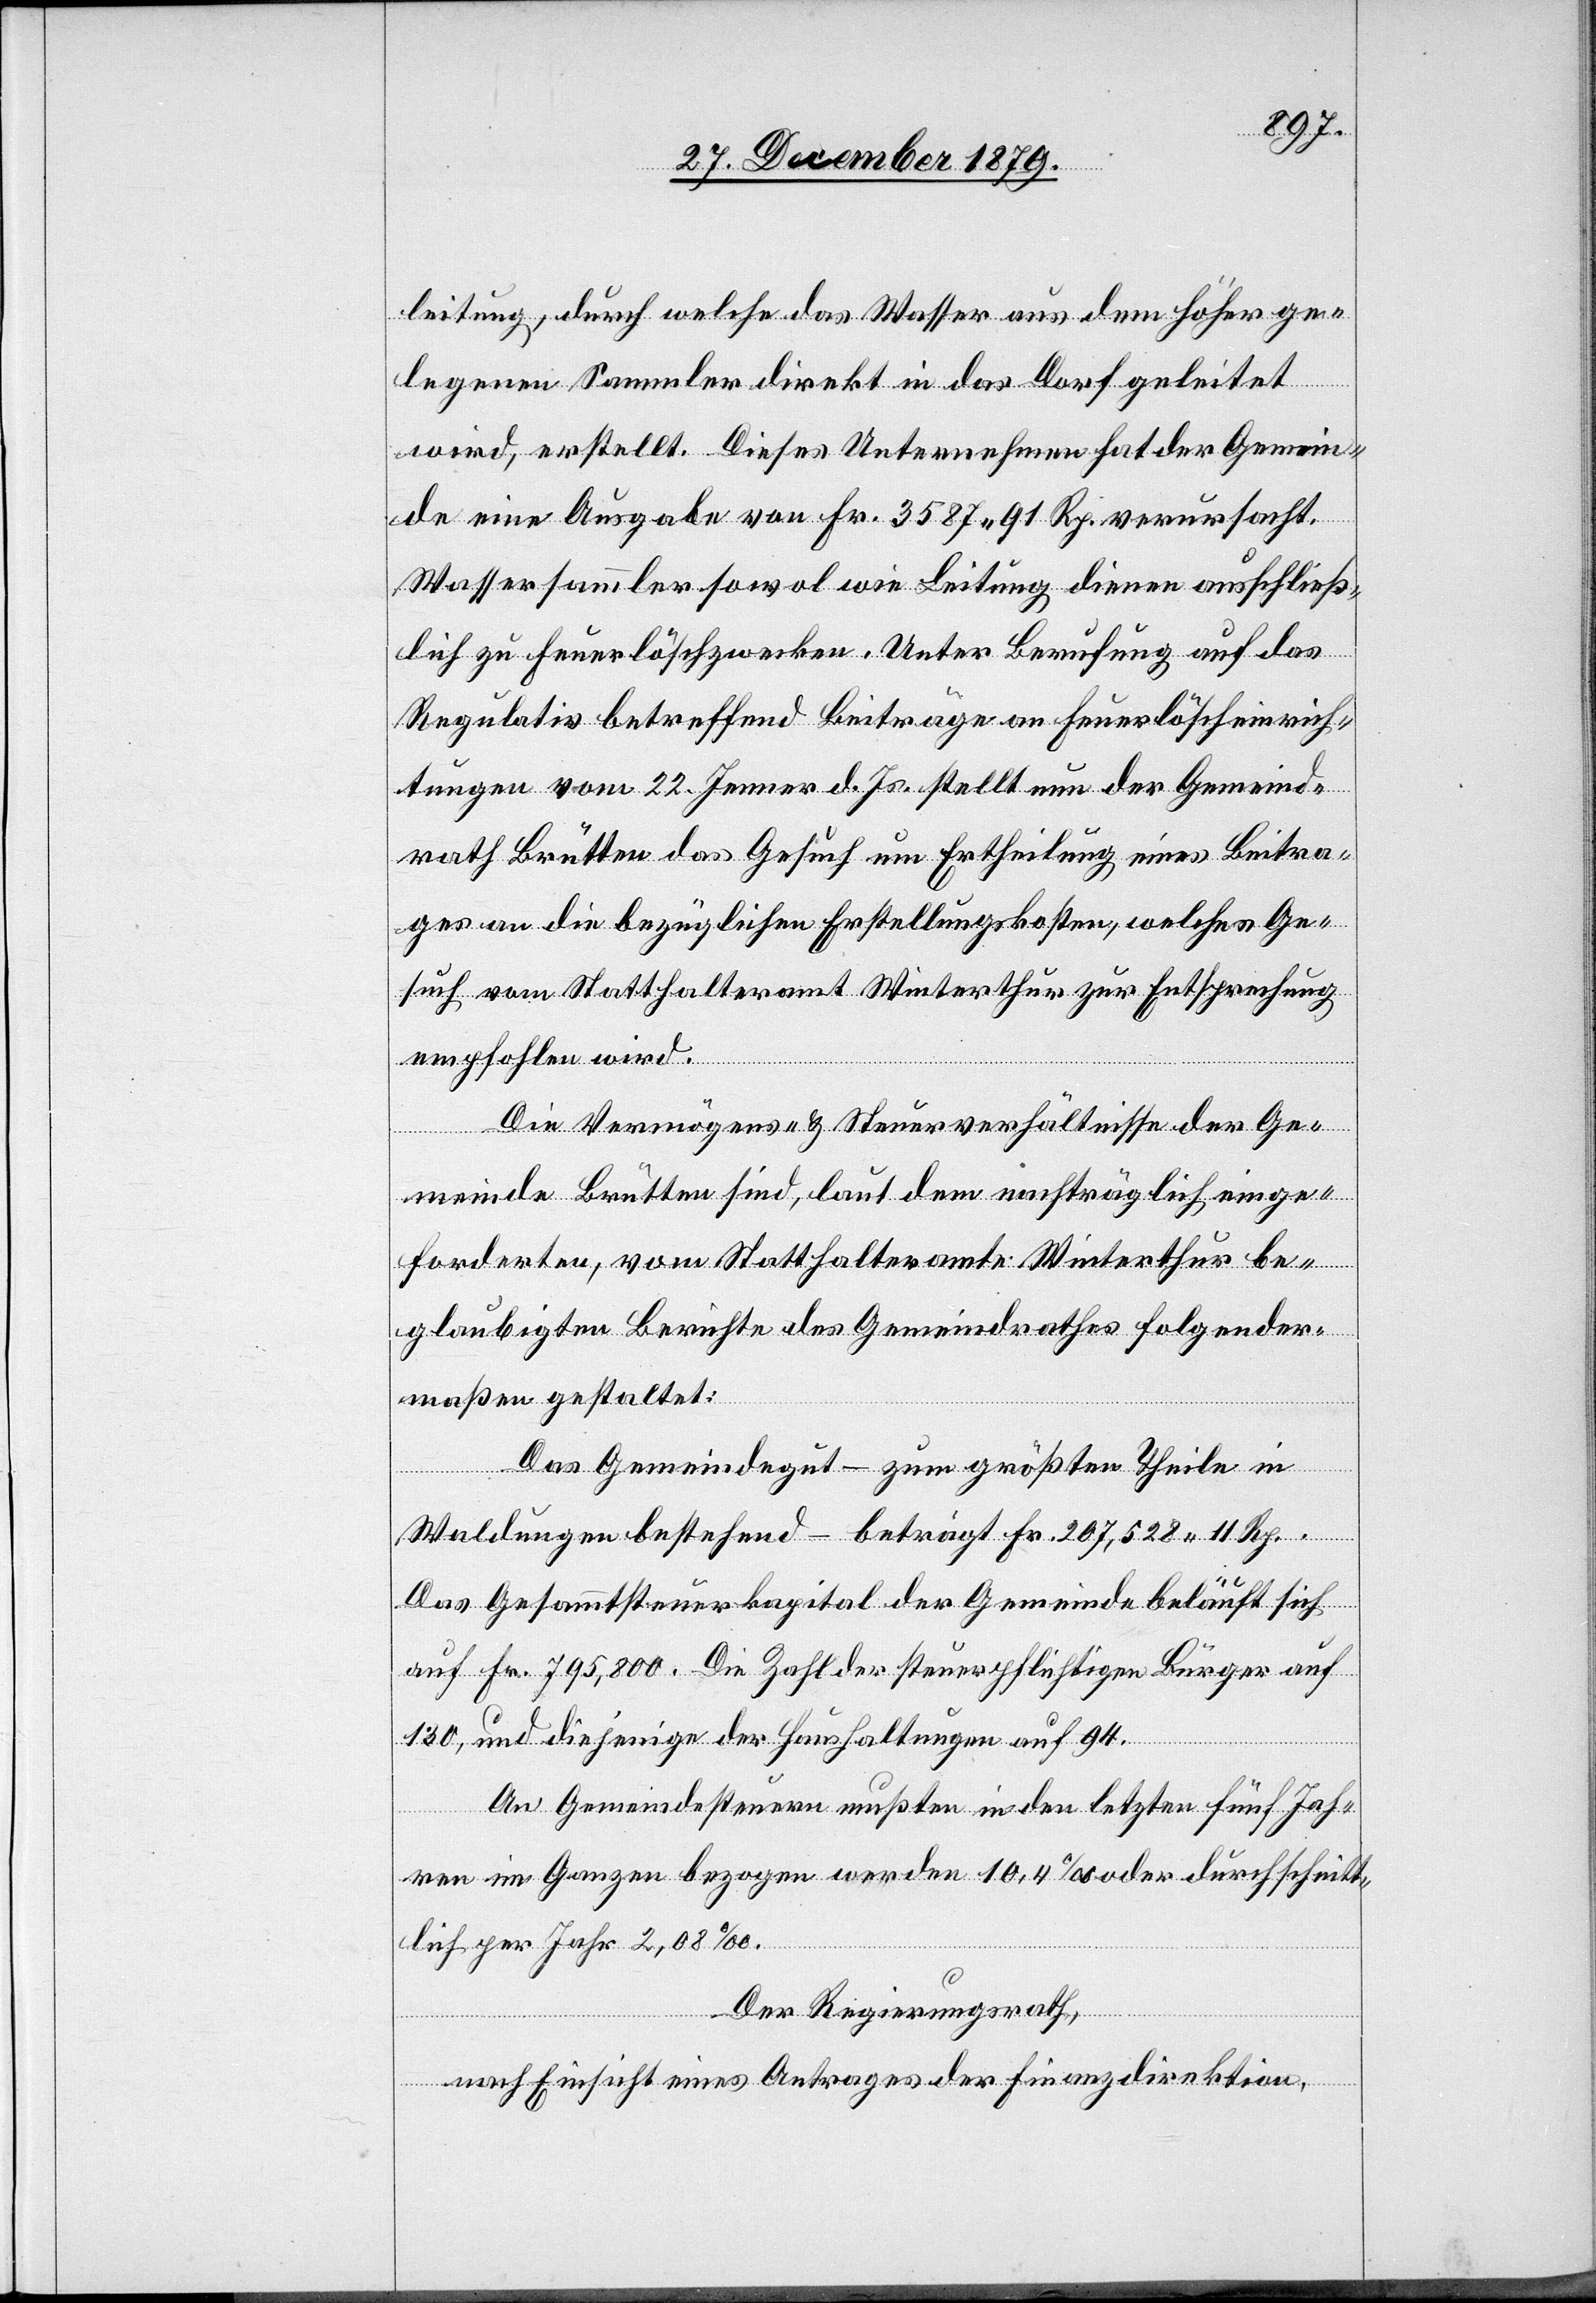
leitung, durch welche das Wasser aus dem höher ge¬
legenen Sammler direkt in das Dorf geleitet
wird, erstellt. Dieses Unternehmen hat der Gemein¬
de eine Ausgabe von Fr. 3587 91 Rp. verursacht.
Wassersammler sowol wie Leitung dienen ausschließ¬
lich zu Feuerlöschzwecken. Unter Berufung auf das
Regulativ betreffend Beiträge an Feuerlöscheinrich¬
tungen vom 22. Jenner d. Js. stellt nun der Gemeind¬
rath Brütten das Gesuch um Ertheilung eines Beitra¬
ges an die bezüglichen Erstellungskosten, welches Ge¬
such vom Statthalteramt Winterthur zur Entsprechung
empfohlen wird.
Die Vermögens- & Steuerverhältnisse der Ge¬
meinde Brütten sind, laut dem nachträglich einge¬
forderten, vom Statthalteramte Winterthur be¬
glaubigten Berichte des Gemeindrathes folgender¬
maßen gestaltet:
Das Gemeindegut – zum größten Theile in
Waldungen bestehend – beträgt Fr. 207,528 11 Rp.
Das Gesammtsteuerkapital der Gemeinde beläuft sich
auf Fr. 795,800. Die Zahl der steuerpflichtigen Bürger auf
130, und diejenige der Haushaltungen auf 94.
An Gemeindesteuern mußten in den letzten fünf Jah¬
ren im Ganzen bezogen werden 10,4% oder durchschnitt¬
lich per Jahr 2,08%.
Der Regierungsrath,
nach Einsicht eines Antrages der Finanzdirektion,